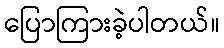
ပြောကြားခဲ့ပါတယ်။